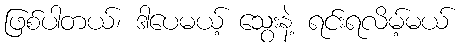
ဖြစ်ပါတယ်၊ ဒါပေမယ့် သွေးနဲ့ ရင်းရလိမ့်မယ်